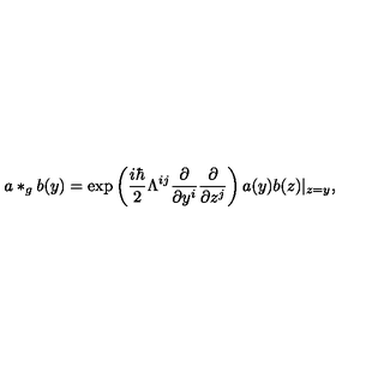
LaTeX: a * _ { g } b ( y ) = \exp \left( \frac { i \hbar } 2 \Lambda ^ { i j } \frac \partial { \partial y ^ { i } } \frac \partial { \partial z ^ { j } } \right) a ( y ) b ( z ) | _ { z = y } ,